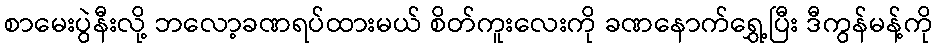
စာမေးပွဲနီးလို့ ဘလော့ခဏရပ်ထားမယ် စိတ်ကူးလေးကို ခဏနောက်ရွှေ့ပြီး ဒီကွန်မန့်ကို